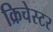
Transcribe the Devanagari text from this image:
क्रिचेस्टर